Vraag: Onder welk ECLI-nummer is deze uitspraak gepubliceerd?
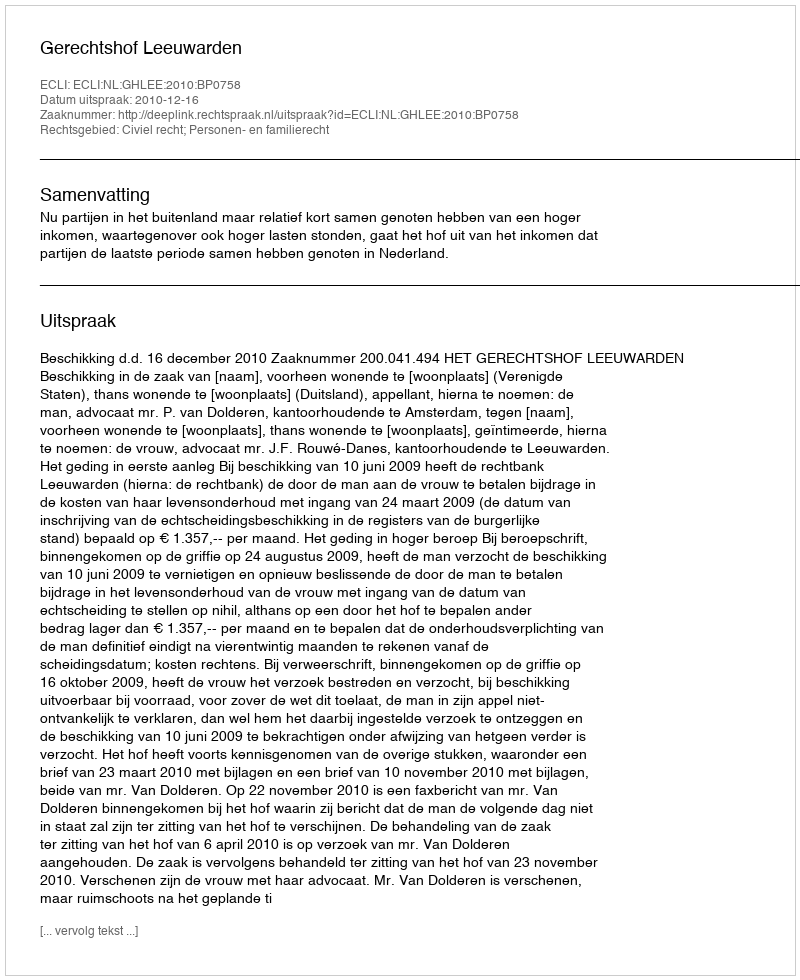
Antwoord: ECLI:NL:GHLEE:2010:BP0758